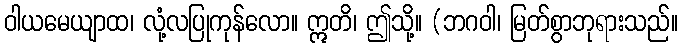
ဝါယမေယျာထ၊ လုံ့လပြုကုန်လော။ ဣတိ၊ ဤသို့။ (ဘဂဝါ၊ မြတ်စွာဘုရားသည်။